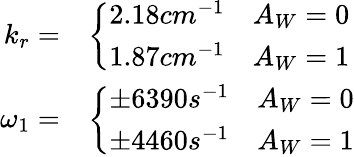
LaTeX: \begin{array}{rl}{k_{r}=}&{\left\{ \begin{array}{ll}{2.18cm^{-1}}&{A_{W}=0}\\ {1.87cm^{-1}}&{A_{W}=1}\end{array}\right.}\\ {\omega_{1}=}&{\left\{ \begin{array}{ll}{\pm 6390s^{-1}}&{A_{W}=0}\\ {\pm 4460s^{-1}}&{A_{W}=1}\end{array}\right.}\end{array}